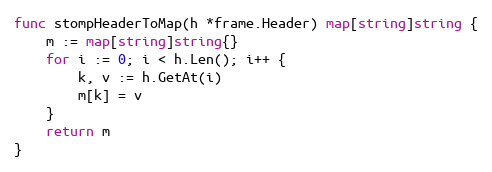
Language: Go
func stompHeaderToMap(h *frame.Header) map[string]string {
	m := map[string]string{}
	for i := 0; i < h.Len(); i++ {
		k, v := h.GetAt(i)
		m[k] = v
	}
	return m
}